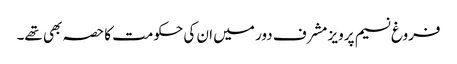
فروغ نسیم پرویز مشرف دور میں ان کی حکومت کا حصہ بھی تھے۔